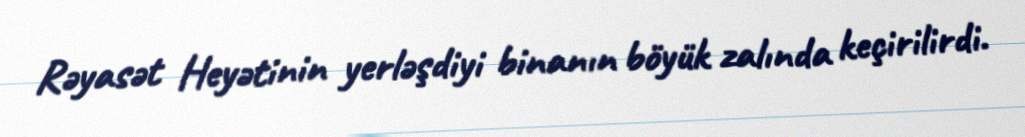
Rəyasət Heyətinin yerləşdiyi binanın böyük zalında keçirilirdi.